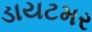
ડાયટમર